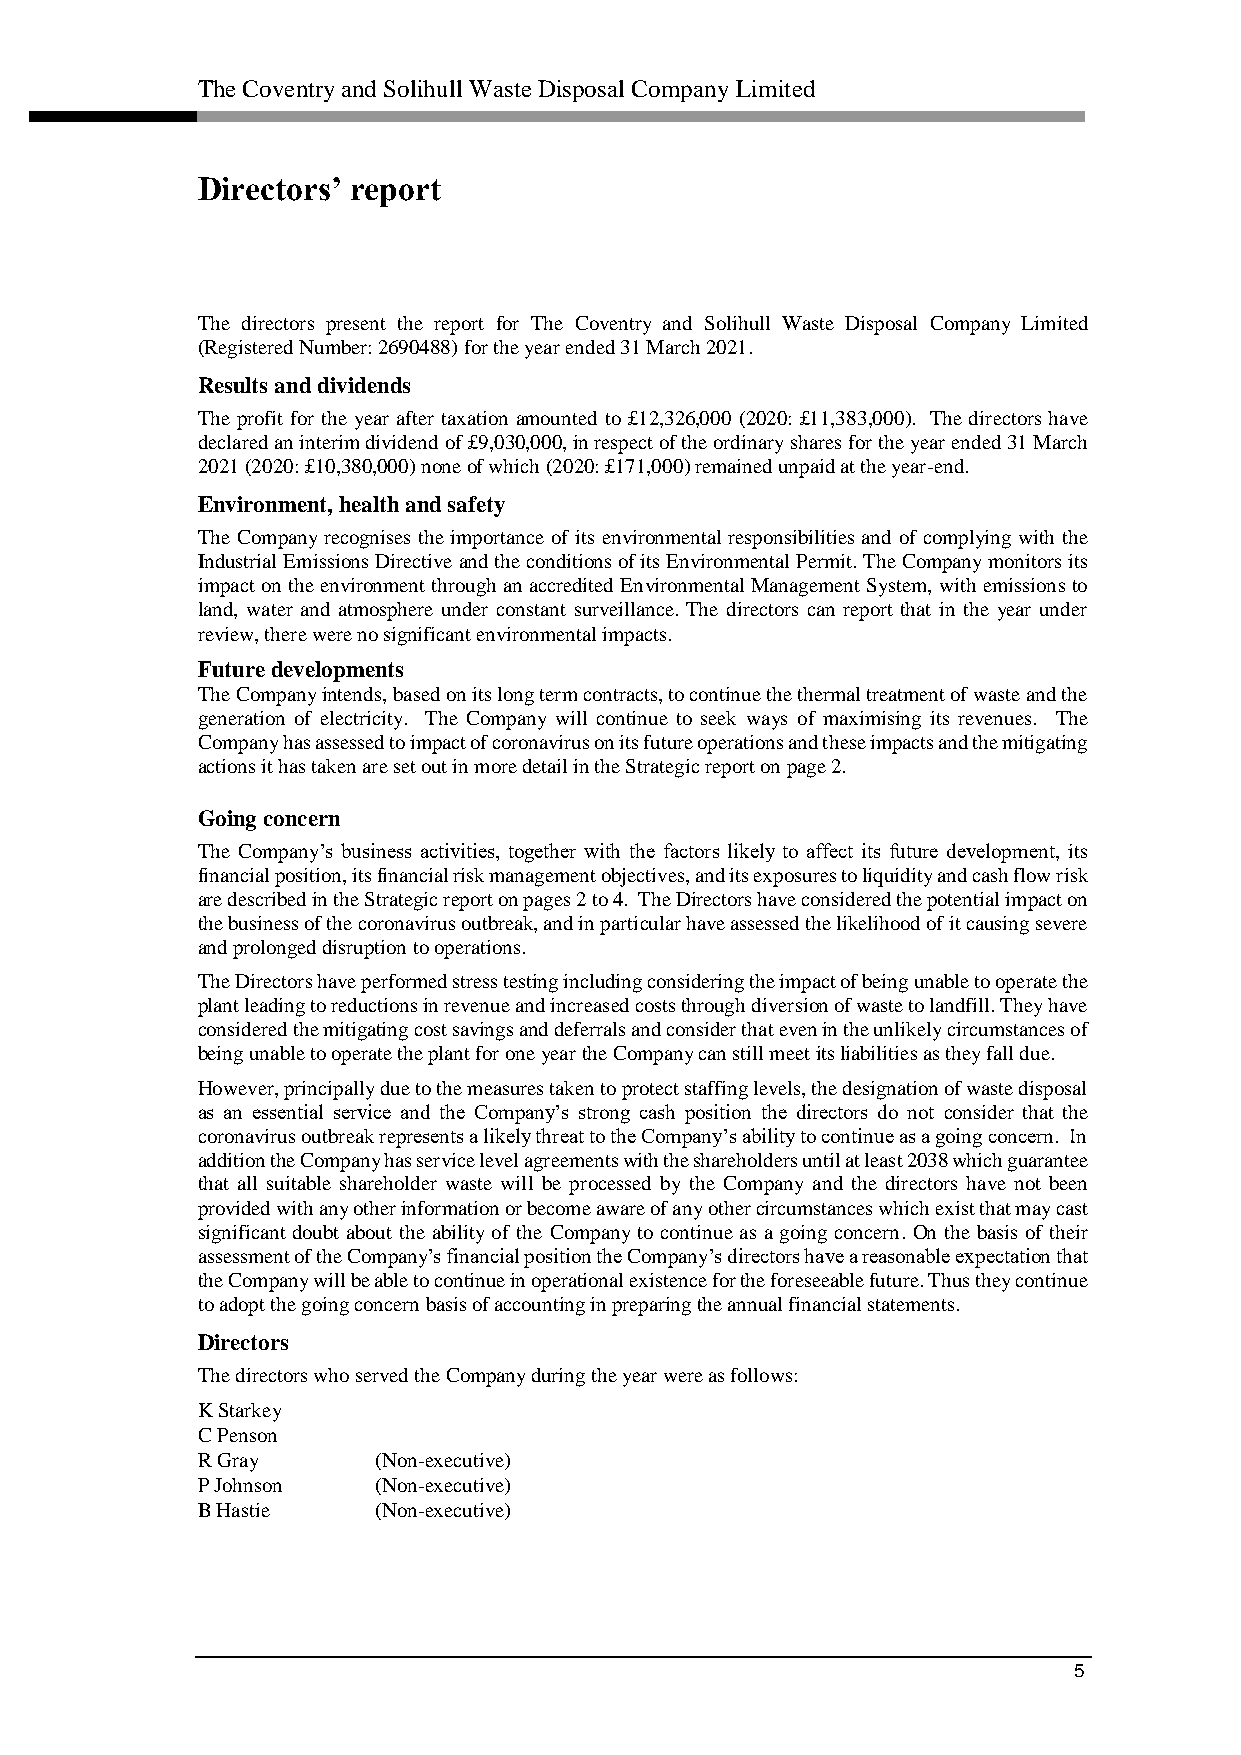
The Coventry and Solihull Waste Disposal Company Limited
 Directors’ report
 The directors present the report for The Coventry and Solihull Waste Disposal Company Limited
 (Registered Number: 2690488) for the year ended 31 March 2021.
 Results and dividends
 The profit for the year after taxation amounted to £12,326,000 (2020: £11,383,000). The directors have
 declared an interim dividend of £9,030,000, in respect of the ordinary shares for the year ended 31 March
 2021 (2020: £10,380,000) none of which (2020: £171,000) remained unpaid at the year-end.
 Environment, health and safety
 The Company recognises the importance of its environmental responsibilities and of complying with the
 Industrial Emissions Directive and the conditions of its Environmental Permit. The Company monitors its
 impact on the environment through an accredited Environmental Management System, with emissions to
 land, water and atmosphere under constant surveillance. The directors can report that in the year under
 review, there were no significant environmental impacts.
 Future developments
 The Company intends, based on its long term contracts, to continue the thermal treatment of waste and the
 generation of electricity. The Company will continue to seek ways of maximising its revenues. The
 Company has assessed to impact of coronavirus on its future operations and these impacts and the mitigating
 actions it has taken are set out in more detail in the Strategic report on page 2.
 Going concern
 The Company’s business activities, together with the factors likely to affect its future development, its
 financial position, its financial risk management objectives, and its exposures to liquidity and cash flow risk
 are described in the Strategic report on pages 2 to 4. The Directors have considered the potential impact on
 the business of the coronavirus outbreak, and in particular have assessed the likelihood of it causing severe
 and prolonged disruption to operations.
 The Directors have performed stress testing including considering the impact of being unable to operate the
 plant leading to reductions in revenue and increased costs through diversion of waste to landfill. They have
 considered the mitigating cost savings and deferrals and consider that even in the unlikely circumstances of
 being unable to operate the plant for one year the Company can still meet its liabilities as they fall due.
 However, principally due to the measures taken to protect staffing levels, the designation of waste disposal
 as an essential service and the Company’s strong cash position the directors do not consider that the
 coronavirus outbreak represents a likely threat to the Company’s ability to continue as a going concern. In
 addition the Company has service level agreements with the shareholders until at least 2038 which guarantee
 that all suitable shareholder waste will be processed by the Company and the directors have not been
 provided with any other information or become aware of any other circumstances which exist that may cast
 significant doubt about the ability of the Company to continue as a going concern. On the basis of their
 assessment of the Company’s financial position the Company’s directors have a reasonable expectation that
 the Company will be able to continue in operational existence for the foreseeable future. Thus they continue
 to adopt the going concern basis of accounting in preparing the annual financial statements.
 Directors
 The directors who served the Company during the year were as follows:
 K Starkey
 C Penson
 R Gray      (Non-executive)
 P Johnson   (Non-executive)
 B Hastie    (Non-executive)
 5